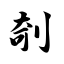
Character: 剞